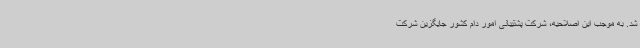
شد. به موجب این اصلاحیه، شرکت پشتیبانی امور دام کشور جایگزین شرکت